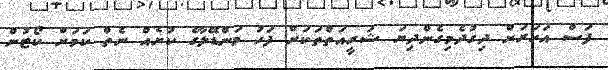
ފަސް އަހަރަށް ދިގުދެމިގެންދިޔަ ޝަރީއަތްތަކަށް ފަހު މަންޑޭލާގެ ކުށެއް ނެތް ކަމަށް ކޯޓުން